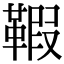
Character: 𩋥